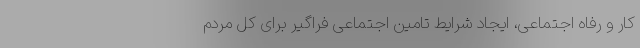
کار و رفاه اجتماعی، ایجاد شرایط تامین اجتماعی فراگیر برای کل مردم